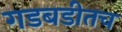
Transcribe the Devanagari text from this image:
गडबडीतच